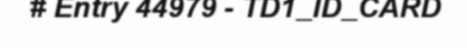
# Entry 44979 - TD1_ID_CARD